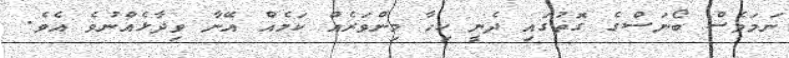
ނަމަވެސް ބޯނަސްގެ ގޮތުގައި ދެނީ ކިހާ މިންވަރެއް ކަމެއް އޭނާ ވިދާޅެއްނުވެ އެވެ.